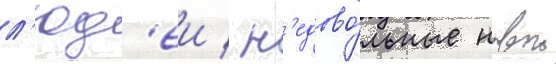
л'юд'еи / н'едово́льные новои